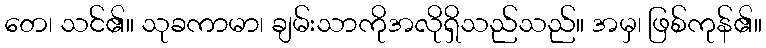
တေ၊ သင်၏။ သုခကာမာ၊ ချမ်းသာကိုအလိုရှိသည်သည်။ အမှ၊ ဖြစ်ကုန်၏။